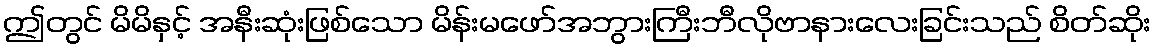
ဤတွင် မိမိနှင့် အနီးဆုံးဖြစ်သော မိန်းမဖော်အဘွားကြီးဘီလိုဗာနားလေးခြင်းသည် စိတ်ဆိုး